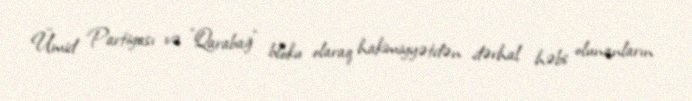
Ümid Partiyası və ”Qarabağ" bloku olaraq hakimiyyətdən dərhal həbs olunanların